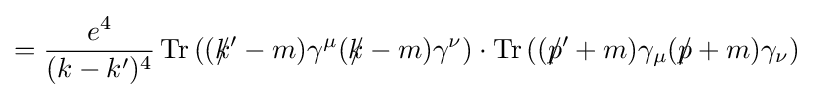
={\frac {e^{4}}{(k-k')^{4}}}\operatorname {Tr} \left((k\!\!\!/'-m)\gamma ^{\mu }(k\!\!\!/-m)\gamma ^{\nu }\right)\cdot \operatorname {Tr} \left((p\!\!\!/'+m)\gamma _{\mu }(p\!\!\!/+m)\gamma _{\nu }\right)